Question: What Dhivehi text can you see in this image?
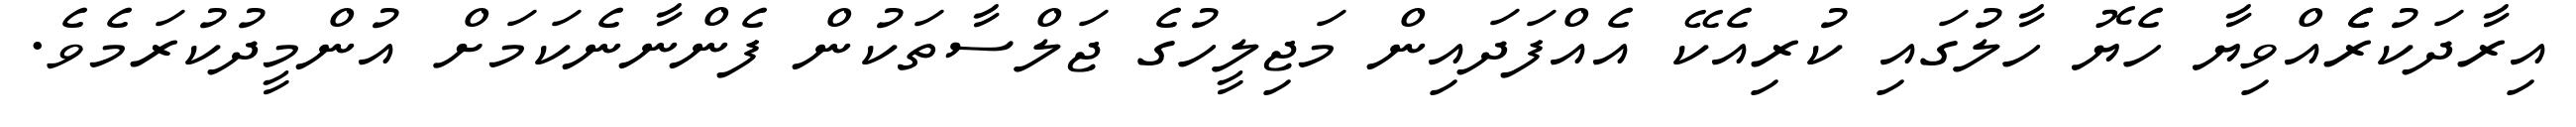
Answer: އިރާދަކުރެެއްވިޔާ ހެޔޮ ހާލުގައި ކުރިއެކޭ އެއްފަދައިން މަޖިލީހުގެ ޖަލްސާތަކުން ފެންނާނެކަމަށް އުންމީދުކުރަމެވެ.